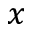
x